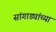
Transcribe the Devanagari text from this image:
सांगाड्यांच्या